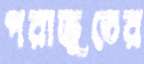
পরাভূতের